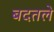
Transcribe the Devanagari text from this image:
बदतले